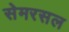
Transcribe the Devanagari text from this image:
सेमरसल